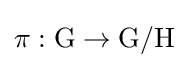
\pi :\mathrm {G} \to \mathrm {G} /\mathrm {H}